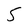
Character: 5